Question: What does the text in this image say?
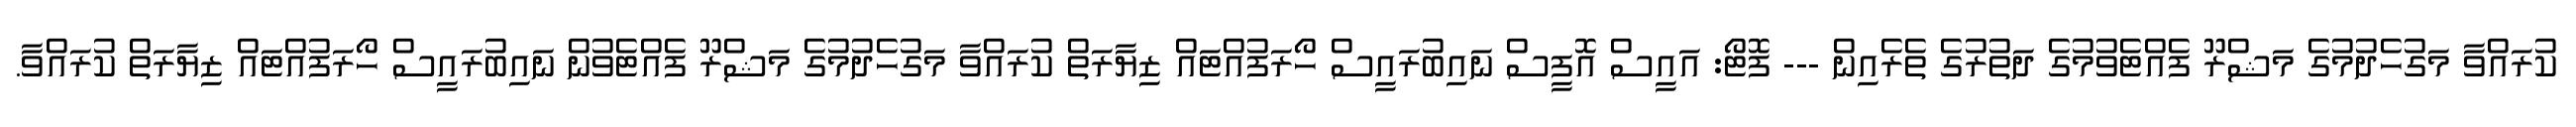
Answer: ކުރައްވާ މަގުހެދުމުގެ މަޝްރޫ ފެއްޓެވުމުގެ ދަތުރުގެ ތެރެއިން --- ފޮޓޯ: އައީސް އޮފީސް ނައިބުރައީސް ހޯރަފުއްޓައް ޒިޔާރަތް ކުރައްވާ މަގުހެދުމުގެ މަޝްރޫ ފެއްޓެވުން ނައިބުރައީސް ހޯރަފުއްޓައް ޒިޔާރަތް ކުރައްވާ.